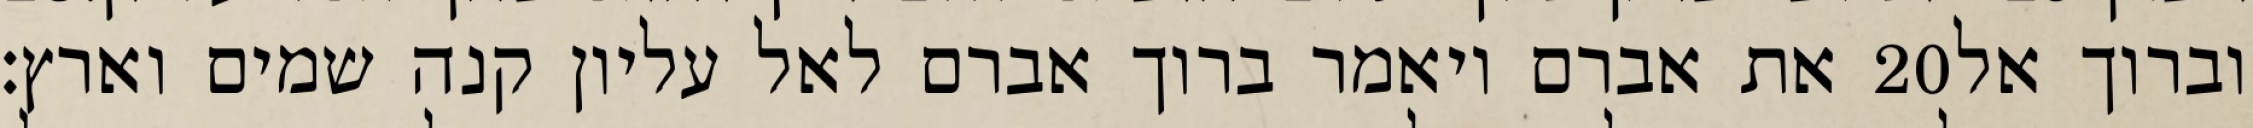
את אברם ויאמר ברוך אברם לאל עליון קנה שמים וארץ׃ ‎20‏ וברוך אל